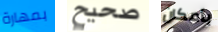
بمهارة صحيح بأمكان